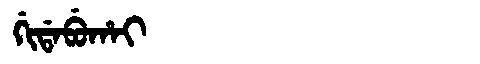
Manchu: ᡤᡳᡩᠠᠪᡠᡥᠠᡳ
Romanization: GIDABUHAI